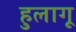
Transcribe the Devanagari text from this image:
हुलागू